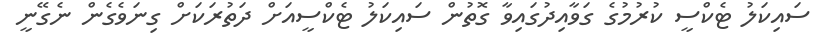
ސައިކަލު ޓެކްސީ ކުރުމުގެ ގަވާއިދުގައިވާ ގޮތުން ސައިކަލު ޓެކްސީއަށް ދަތުރަކަށް ގިނަވެގެން ނެގޭނީ